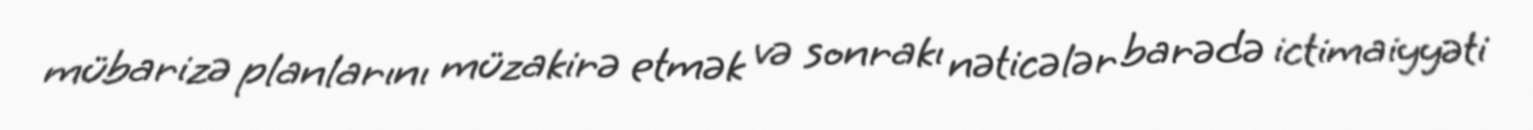
mübarizə planlarını müzakirə etmək və sonrakı nəticələr barədə ictimaiyyəti